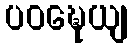
ပဝဍ္ဎေယျ